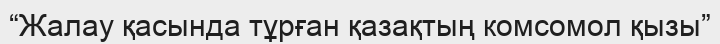
“Жалау қасында тұрған қазақтың комсомол қызы”